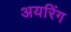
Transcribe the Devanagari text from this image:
अयरिंग